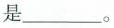
是___。